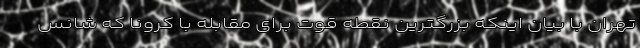
تهران با بیان اینکه بزرگترین نقطه قوت برای مقابله با کرونا که شانس